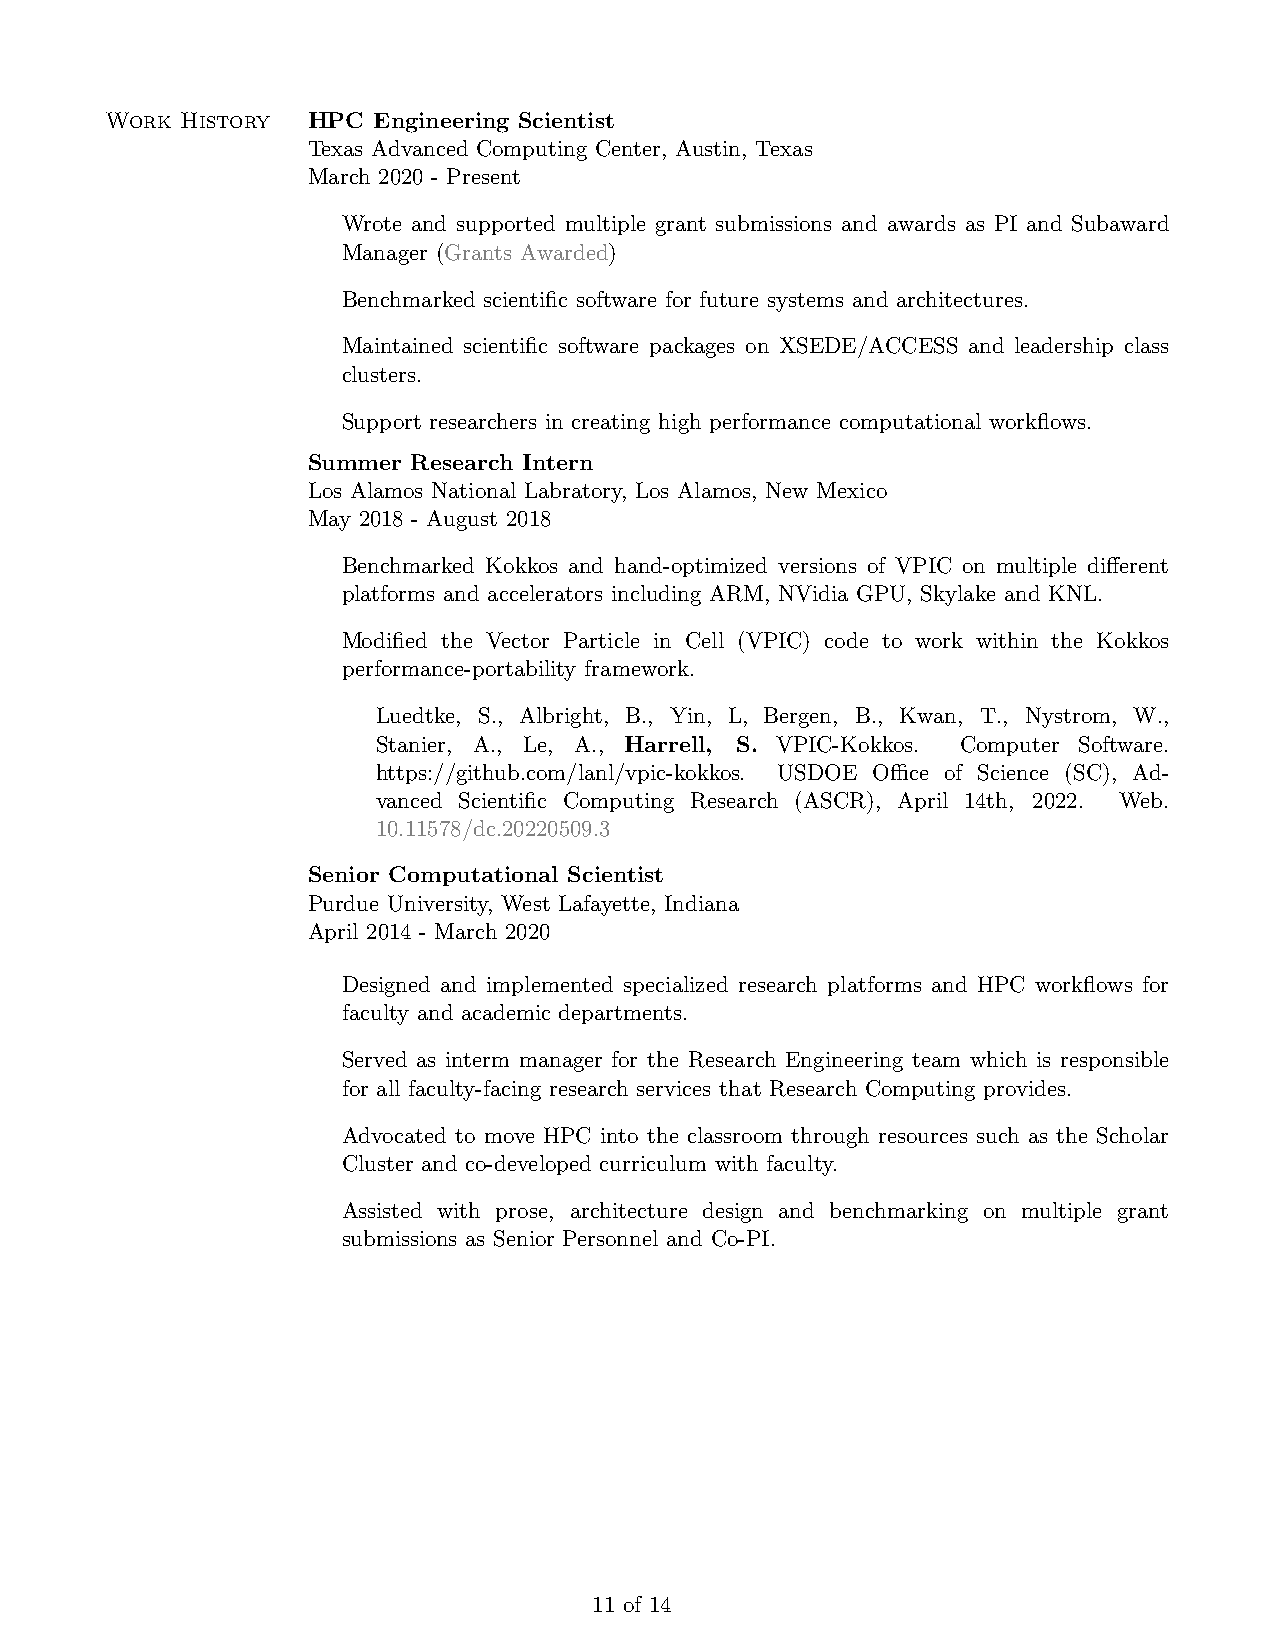
Work History HPC  Engineering Scientist
 Texas Advanced Computing Center, Austin, Texas
 March 2020 - Present
 Wrote and supported multiple grant submissions and awards as PI and Subaward
 Manager (Grants Awarded)
 Benchmarked scientific software for future systems and architectures.
 Maintained scientific software packages on XSEDE/ACCESS and leadership class
 clusters.
 Support researchers in creating high performance computational workflows.
 Summer Research Intern
 Los Alamos National Labratory, Los Alamos, New Mexico
 May 2018 - August 2018
 Benchmarked Kokkos and hand-optimized versions of VPIC on multiple different
 platforms and accelerators including ARM, NVidia GPU, Skylake and KNL.
 Modified the Vector Particle in Cell (VPIC) code to work within the Kokkos
 performance-portability framework.
 Luedtke, S., Albright, B., Yin, L, Bergen, B., Kwan, T., Nystrom, W.,
 Stanier, A., Le, A., Harrell, S. VPIC-Kokkos. Computer Software.
 https://github.com/lanl/vpic-kokkos. USDOE Office of Science (SC), Ad-
 vanced Scientific Computing Research (ASCR), April 14th, 2022. Web.
 10.11578/dc.20220509.3
 Senior Computational Scientist
 Purdue University, West Lafayette, Indiana
 April 2014 - March 2020
 Designed and implemented specialized research platforms and HPC workflows for
 faculty and academic departments.
 Served as interm manager for the Research Engineering team which is responsible
 for all faculty-facing research services that Research Computing provides.
 Advocated to move HPC into the classroom through resources such as the Scholar
 Cluster and co-developed curriculum with faculty.
 Assisted with prose, architecture design and benchmarking on multiple grant
 submissions as Senior Personnel and Co-PI.
 11 of 14